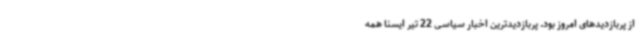
از پربازدیدهای امروز بود. پربازدیدترین اخبار سیاسی 22 تیر ایسنا همه